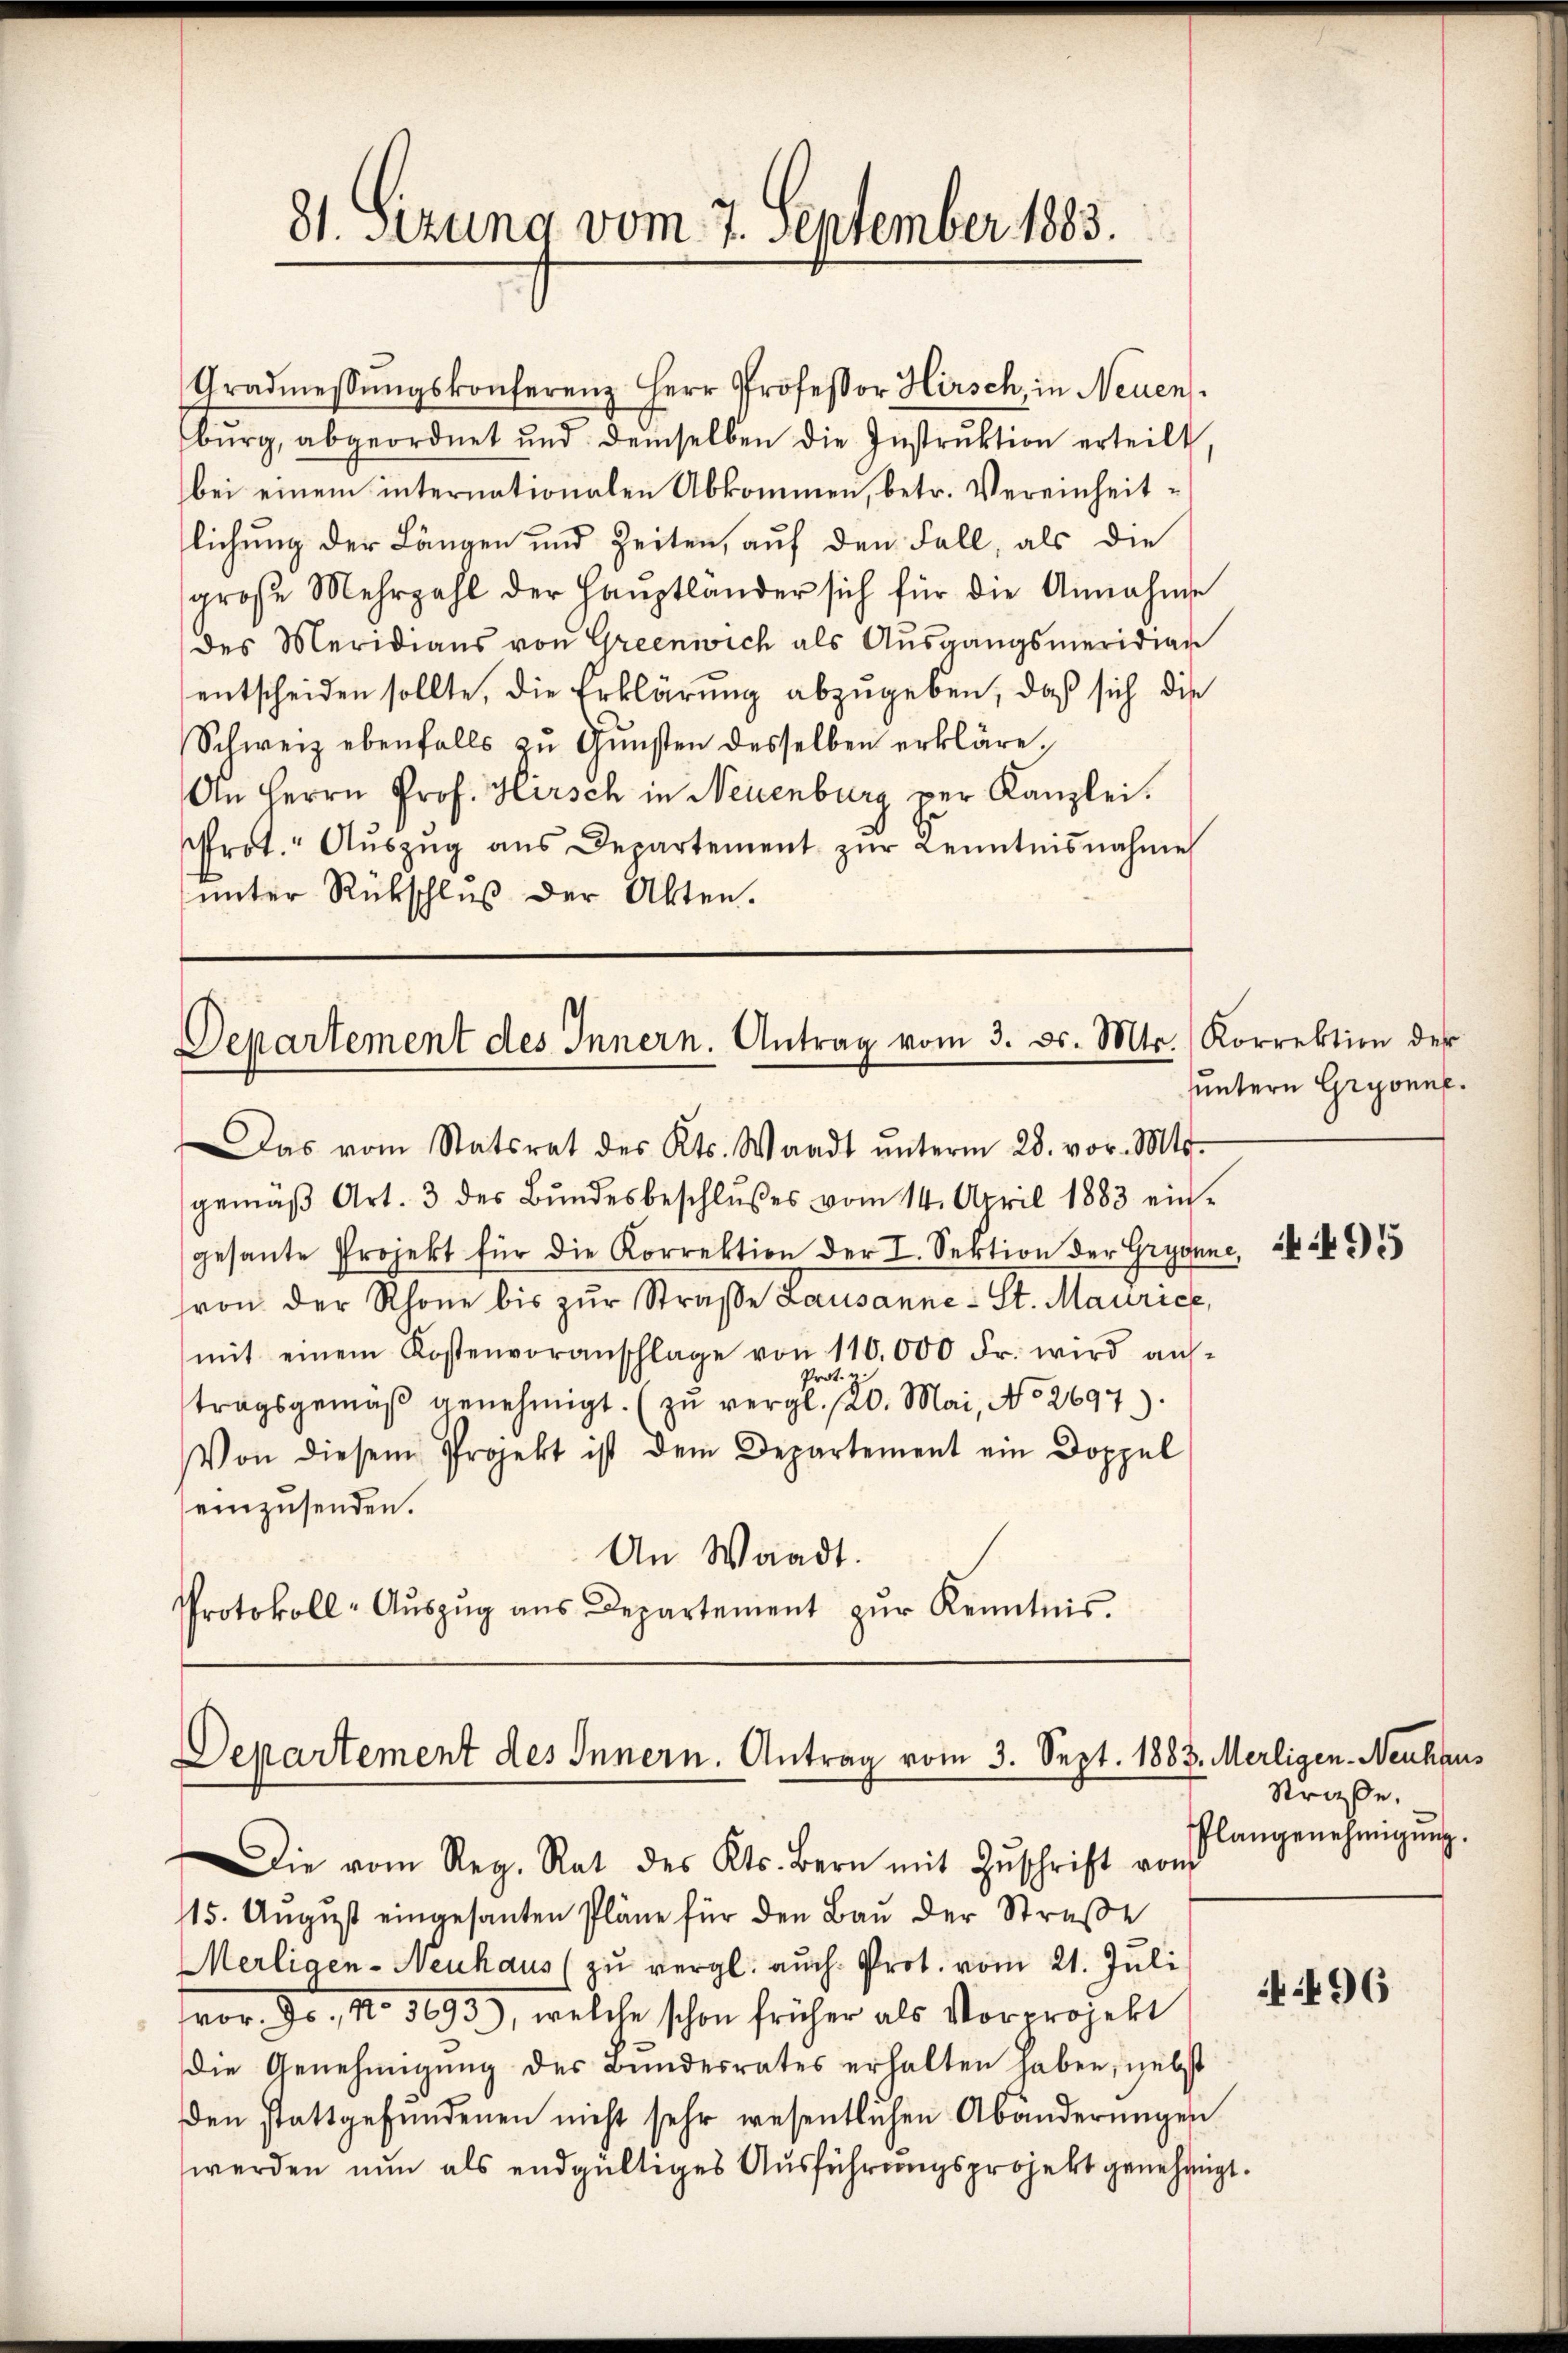
81. Sizung vom 7. September 1883.

Gradmessungskonferenz Herr Professor Hirsch, in Neuensbŭrg, abgeordnet und demselben die Instrŭktion erteilt,
bei einem internationalen Abkommen, betr. Vereinheitlichung der Längen und Zeiten, auf den Fall, als die
große Mehrzahl der Haŭptlander sich für die Annahme
des Meridians von Greenwich als Ausgangsmeridiar
entscheiden sollte, die Erklärung abzugeben, daß sich die
Schweiz ebenfalls zŭ Gŭnsten desselben erkläre,
An Herrn Prof. Hirsch in Neuenburg per Kanzlei.
rot. " Aŭszŭg aŭs Departement zŭr Kenntnisnahme
unter Rückschluß der Akten.

Departement des Innern. Antrag vom 3. d. Mts. Korrektion der

Departement des Innern. Antrag vom 3. Sept. 1883. Merligen.- Neuhaus

Das vom Statsrat des Kts. Waadt ŭnterm 28. vor. Mts.
gemäβ Art. 3 des Bŭndesbeschlŭβes vom 14. April 1883 ein-
gesante Projekt für die Korrektion der I. Sektion der Gryonne,
von der Rhone bis zŭr Straße Lausanne - St. Maurice,
mit einem Kostenvoranschlage von 110.000 Fr. wird aŭs-
Prot.
tragsgemäß genehmigt. (zu vergl. 120. Mai, No 2697).
Von diesem Projekt ist dem Departement ein Doppel
einzusenden.
An Waadt.
Protokoll-Aŭszŭg ans Departement zŭr Kenntnis.

Die vom Reg. Rat des Kts. Bern mit Zŭschrift von
115. August eingesanten Pläne für den Bau der Straße
Merligen- Neuhaus zu vergl. auch Prot. vom 21. Juli
vor Fr., No 1293), welche schon früher als Vorprojekt
die Genehmigŭng des Bundesrates erhalten haben, nebst
den stattgefundenen nicht sehr wesentlichen Abänderungen
werden nun als endgültiges Ausführungsprojekt genehmigt.

untern Gryonne.

495

Straße.
Plangenehmigung.

496